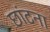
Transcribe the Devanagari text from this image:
छांटना